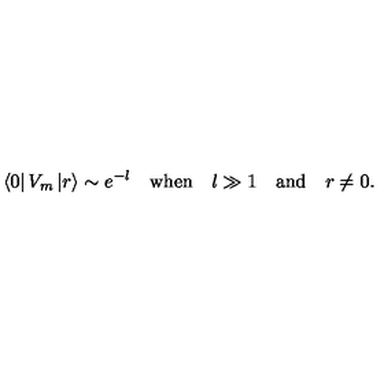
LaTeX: \left\langle 0 \right| V _ { m } \left| r \right\rangle \sim e ^ { - l } \quad \mathrm { w h e n } \quad l \gg 1 \quad \mathrm { a n d } \quad r \neq 0 .